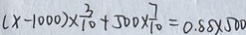
( x - 1 0 0 0 ) \times \frac { 3 } { 1 0 } + 5 0 0 \times \frac { 7 } { 1 0 } = 0 . 8 8 \times 5 0 0